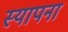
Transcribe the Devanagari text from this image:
स्यापना